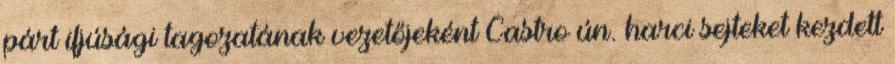
párt ifjúsági tagozatának vezetőjeként Castro ún. harci sejteket kezdett